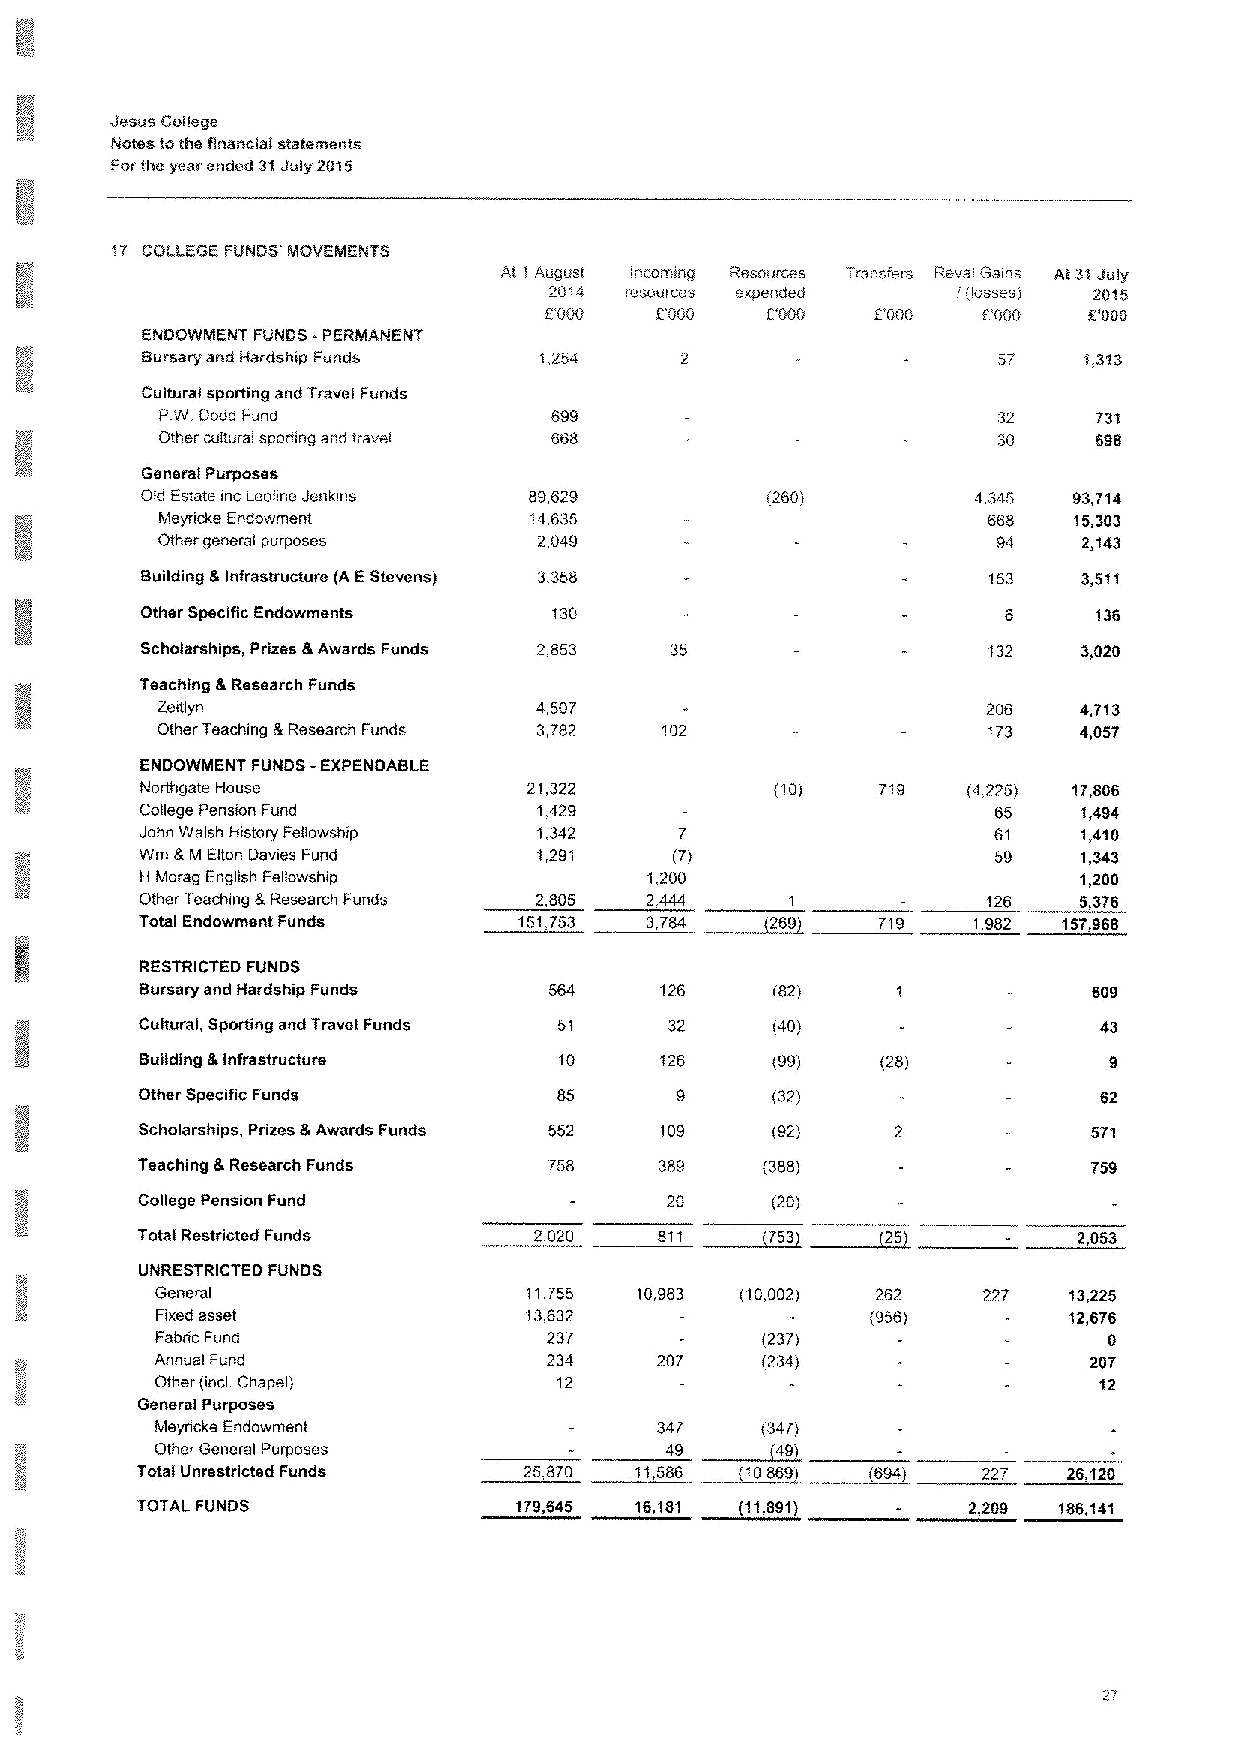
Jesus College
 Notes tothe Financial statements
 Forthe year ended 31July 2015
 Af 1 Augu t incoming         Revs IGa II;s At 3't Jufy
 20i4 resources             .'(losses) 2015
 EGGG   EGGG                  EGGO   D000
 i,254
 Cultural sporting and Travel Funds
 PW Dodd Fund
 Other cultural sporting and travel
 General Purposes
 Old Estate inc Leoiine Jenkins 89.629     (260)         4345  93,714
 Meyncke Endowment       14,635                        668   15,303
 Other general purposes    2,049                         94    2,143
 Building &Infrastructure (A EStevens)                   153
 Other SpeciTic Endowments
 Scholarships, Prizes 8 Awards Funds 2,853               132
 Teaching &Research Funds
 Zeftlyn                   4,507                        206    4,713
 Other Teaching &Research Funds 3,782 102               173    4,057
 ENDOWMENT FUNDS -EXPENDABLE
 Northgate House           21,322          (10)   719   (4225) 17,806
 College Pension Fund       1.429                         65    1,494
 John Welsh History Felfowship 1,342 7                    61    1,410
 Wm 8 M Elton Davies Fund   1,291    (7)                  59    1,343
 H Morag English Fellowship        1,200                        1,200
 Other Teaching 8 Research Funds 2,805 2.444             126    5,3T6
 Total Endowment Funds                            719   1,982 157,968
 RESTRICTED FUNDS
 Bursary and Hardship Funds 564     126    (82)                 609
 Cultural, Sporting and Travel Funds 51 32 (40)                  43
 Building &Infrastructure    10     126    (99)   (28)
 Other Specific Funds        85            (32)
 Scholarships, Prizes &Awards Funds 552 109 (92j
 Teaching 8 Research Funds  758     389   (388)                 759
 College Pension Fund               20     (20)
 Total Restricted Funds    2,020                  (25)         2,053
 UNRESTRICTED FUNDS
 General                  11,755 10,983 (10,002) 262    227   13,225
 Fixed asset              13,632                 (956)        12,6TB
 Fabric Fund               237           (237)
 Annual Fund               234    20?    (234)                 207
 Other (incl Chapel)        12                                  12
 Generaf Purposes
 Meyricke Endowment               347    {347)
 Other General Purposes
 Total Unrestricted Funds                         {694)  22?   26,120
 TOTAL FUNDS              179,645 16,181 (11,891)       2,209 186,141